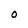
Character: O